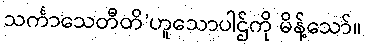
သင်္ကာသေတီတိ’ဟူသောပါဌ်ကို မိန့်သော်။